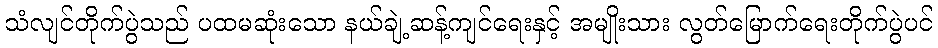
သံလျင်တိုက်ပွဲသည် ပထမဆုံးသော နယ်ချဲ့ဆန့်ကျင်ရေးနှင့် အမျိုးသား လွတ်မြောက်ရေးတိုက်ပွဲပင်